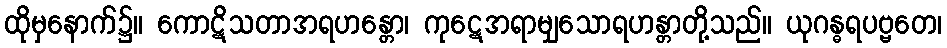
ထိုမှနောက်၌။ ကောဋိသတာအရဟန္တော၊ ကုဋေအရာမျှသောရဟန္တာတို့သည်။ ယုဂန္ဓရပဗ္ဗတေ၊